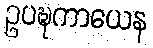
ဥပဍ္ဎကာယေန